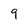
Character: 9